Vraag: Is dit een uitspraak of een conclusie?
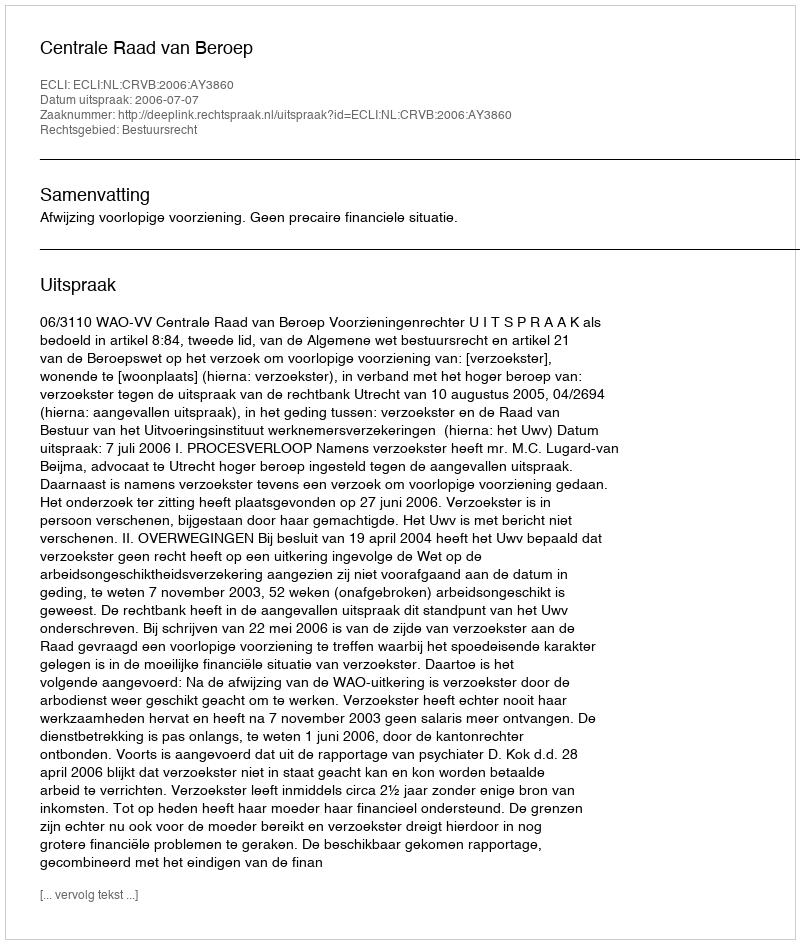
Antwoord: Uitspraak